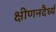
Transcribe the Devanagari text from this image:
क्षीणनदैर्ध्य